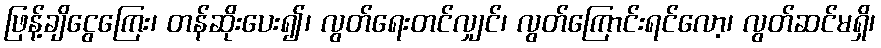
ဖြန့်ချိငွေကြေး၊ တန်ဆိုးပေး၍၊ လွတ်ရေးတင်လျှင်၊ လွတ်ကြောင်းရင်လော့၊ လွတ်ဆင်မရှိ၊